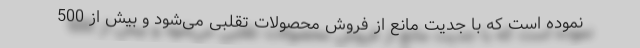
نموده است که با جدیت مانع از فروش محصولات تقلبی می‌شود و بیش از 500